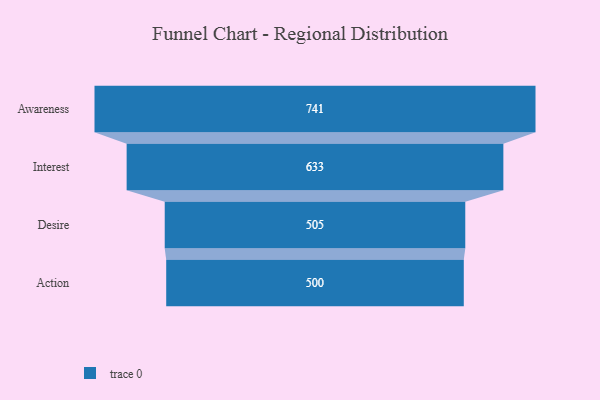
{"axis": {"x": "Stage", "y": "Value"}, "legend": [""], "data": [{"x": "Awareness", "y": 741.0, "type": ""}, {"x": "Interest", "y": 633.0, "type": ""}, {"x": "Desire", "y": 505.0, "type": ""}, {"x": "Action", "y": 500, "type": ""}]}